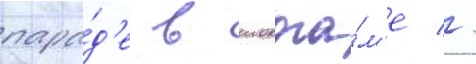
пара́д'е в иокога́м'е //